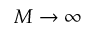
M \rightarrow \infty